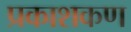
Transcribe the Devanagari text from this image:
प्रकाशकण